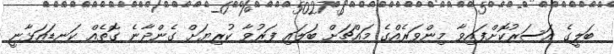
ބަލީގެ އަސަރުކޮށްފައިވާ މިންވަރެއްގެ މައްޗަށް ބަލައި ފަރުވާ ކުރިޔަށް ގެންދާނެ ގޮތެއް ކަނޑައަޅާނީ